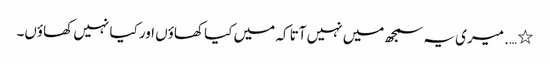
٭ …. میری یہ سمجھ میں نہیں آتا کہ میں کیا کھاؤں اور کیا نہیں کھاؤں۔